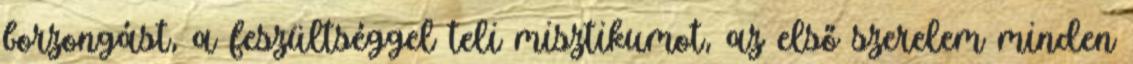
borzongást, a feszültséggel teli misztikumot, az első szerelem minden